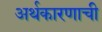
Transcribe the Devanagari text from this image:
अर्थकारणाची